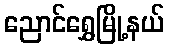
ညောင်ရွှေမြို့နယ်